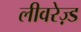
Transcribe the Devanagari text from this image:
लीवरेज़्ड